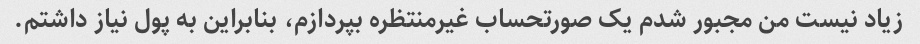
زیاد نیست من مجبور شدم یک صورتحساب غیرمنتظره بپردازم، بنابراین به پول نیاز داشتم.